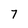
Character: 7